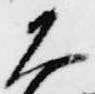
大